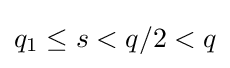
q_{1}\leq s<q/2<q